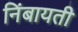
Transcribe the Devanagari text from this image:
निंबायती